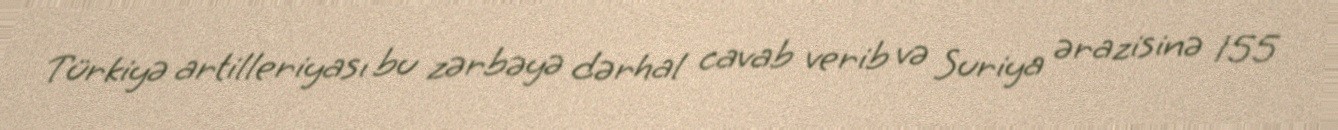
Türkiyə artilleriyası bu zərbəyə dərhal cavab verib və Suriya ərazisinə 155